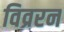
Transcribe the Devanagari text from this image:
विव्ररन